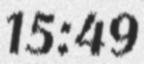
15:49